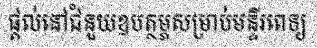
ផ្តល់នៅជំនួយឧបត្ថម្ភសម្រាប់មន្ទីរពេទ្យ